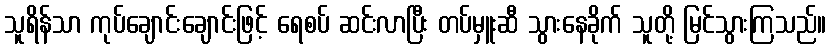
သူရိန်သာ ကုပ်ချောင်းချောင်းဖြင့် ရေစပ် ဆင်းလာပြီး တပ်မှူးဆီ သွားနေခိုက် သူတို့ မြင်သွားကြသည်။